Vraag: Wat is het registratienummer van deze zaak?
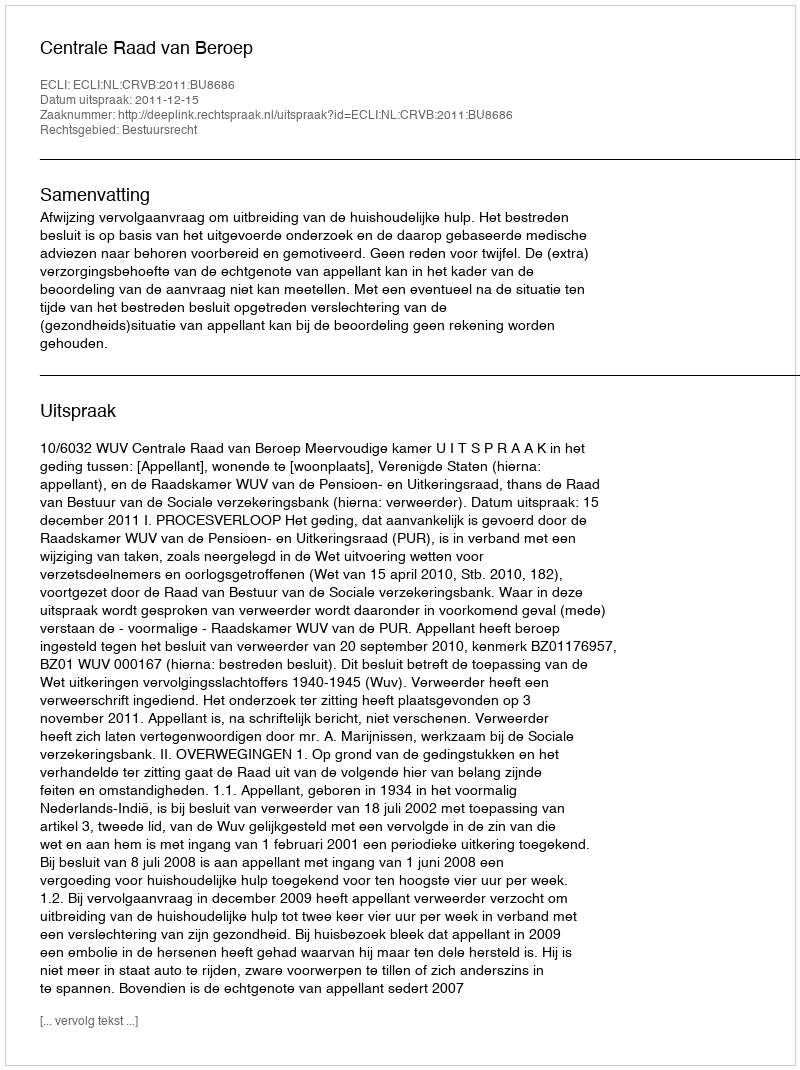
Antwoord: http://deeplink.rechtspraak.nl/uitspraak?id=ECLI:NL:CRVB:2011:BU8686